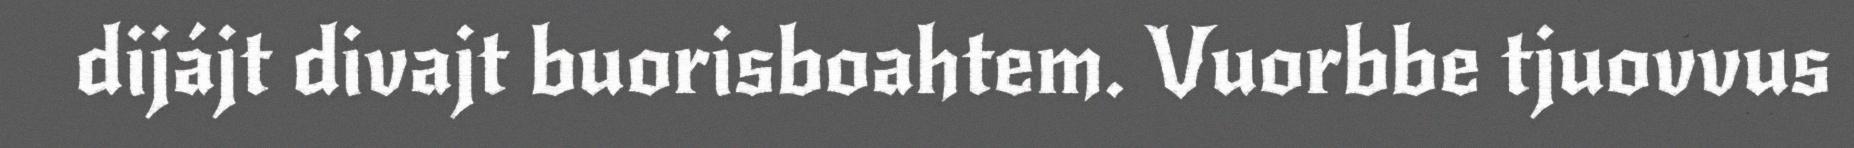
dijájt divajt buorisboahtem. Vuorbbe tjuovvus